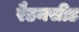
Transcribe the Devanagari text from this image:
रैडनसीड